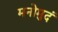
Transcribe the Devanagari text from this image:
मनोमुदं